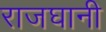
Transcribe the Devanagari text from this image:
राजघानी